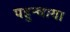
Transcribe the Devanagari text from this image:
पहुन्चाया